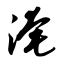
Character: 淹